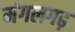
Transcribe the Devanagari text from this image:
मंगलगढ़